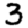
Digit: 3